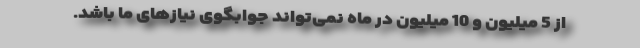
از 5 میلیون و 10 میلیون در ماه نمی‌تواند جوابگوی نیازهای ما باشد.